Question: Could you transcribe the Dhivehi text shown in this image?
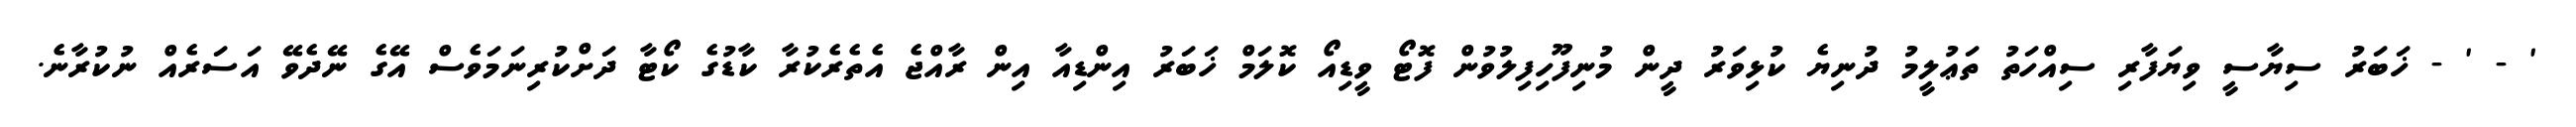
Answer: ' - ' - ޚަބަރު ސިޔާސީ ވިޔަފާރި ސިއްހަތު ތަޢުލީމު ދުނިޔެ ކުޅިވަރު ދީން މުނިފޫހިފިލުވުން ފޮޓޯ ވީޑިއޯ ކޮލަމް ޚަބަރު އިންޑިއާ އިން ރާއްޖެ އެތެރެކުރާ ކާޑުގެ ކޯޓާ ދަށްކުރިނަމަވެސް އޭގެ ނޭދެވޭ އަސަރެއް ނުކުރާނެ.